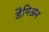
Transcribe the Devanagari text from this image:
डैमिअन